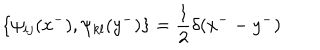
\{ \psi _ { i j } ( x ^ { - } ) , \psi _ { k l } ( y ^ { - } ) \} = \frac { 1 } { 2 } \delta ( x ^ { - } - y ^ { - } )